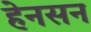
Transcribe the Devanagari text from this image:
हेनसन